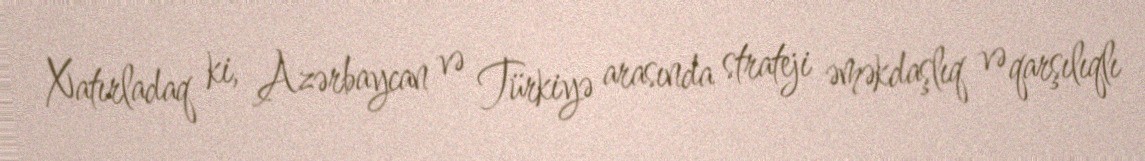
Xatırladaq ki, Azərbaycan və Türkiyə arasında strateji əməkdaşlıq və qarşılıqlı